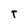
Character: T